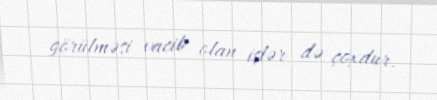
görülməsi vacib olan işlər də çoxdur.